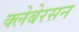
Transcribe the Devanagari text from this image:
क्लेबेरसन